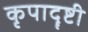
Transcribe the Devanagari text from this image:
कृपादॄष्टी